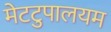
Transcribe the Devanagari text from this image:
मेटटुपालयम